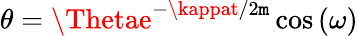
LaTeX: \theta=\Thetae^{-\kappat/2\mathtt{m}}\cos\left(\omega\right)